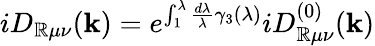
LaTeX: iD_{\mathbb{R}\mu\nu}(\mathbf{k})=e^{\int_{1}^{\lambda}\frac{{d\lambda}}{\lambda}\gamma_{3}(\lambda)}iD_{\mathbb{R}\mu\nu}^{(0)}(\mathbf{k})